Civil Veterinary Department Bihar reports 1936-40 - 1936-1940
Year: 1936
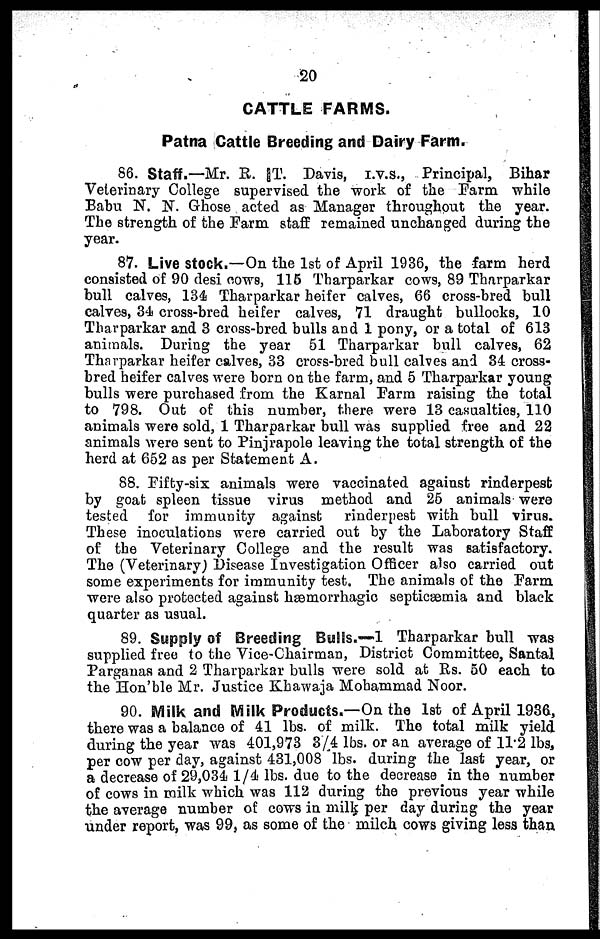
20
CATTLE FARMS.
Patna Cattle Breeding and Dairy Farm.
86. Staff.-—Mr. R. T. Davis, I.V.S., Principal, Bihar
Veterinary College supervised the work of the Farm while
Babu N. N. Ghose acted as Manager throughout the year.
The strength of the Farm staff remained unchanged during the
year.
87. Live stock.—On the 1st of April 1936, the farm herd
consisted of 90 desi cows, 115 Tharparkar cows, 89 Tharparkar
bull calves, 134 Tharparkar heifer calves, 66 cross-bred bull
calves, 34 cross-bred heifer calves, 71 draught bullocks, 10
Tharparkar and 3 cross-bred bulls and 1 pony, or a total of 613
animals. During the year 51 Tharparkar bull calves, 62
Tharparkar heifer calves, 33 cross-bred bull calves and 34 cross-
bred heifer calves were born on the farm, and 5 Tharparkar young
bulls were purchased from the Karnal Farm raising the total
to 798. Out of this number, there were 13 casualties, 110
animals were sold, 1 Tharparkar bull was supplied free and 22
animals were sent to Pinjrapole leaving the total strength of the
herd at 652 as per Statement A.
88. Fifty-six animals were vaccinated against rinderpest
by goat spleen tissue virus method and 25 animals were
tested for immunity against
rinderpest with bull virus.
These inoculations were carried out by the Laboratory Staff
of the Veterinary College and the result was satisfactory.
The (Veterinary) Disease Investigation Officer also carried out
some experiments for immunity test. The animals of the Farm
were also protected against hæmorrhagic septicæmia and black
quarter as usual.
89. Supply of Breeding Bulls.—1 Tharparkar bull was
supplied free to the Vice-Chairman, District Committee, Santal
Parganas and 2 Tharparkar bulls were sold at Rs. 50 each to
the Hon'ble Mr. Justice Khawaja Mohammad Noor.
90. Milk and Milk Products.—On the 1st of April 1936,
there was a balance of 41 lbs. of milk. The total milk yield
during the year was 401,973 3/4 lbs. or an average of 11.2 lbs,
per cow per day, against 431,008 lbs. during the last year, or
a decrease of 29,034 1/4 lbs. due to the decrease in the number
of cows in milk which was 112 during the previous year while
the average number of cows in milk per day during the year
under report, was 99, as some of the milch cows giving less than